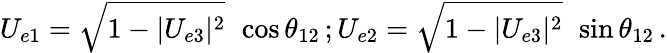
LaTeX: U_{e1}=\sqrt{1-|U_{e3}|^{2}}\, ~\cos\theta_{12}\, ;U_{e2}=\sqrt{1-|U_{e3}|^{2}}\, ~\sin\theta_{12}\, .